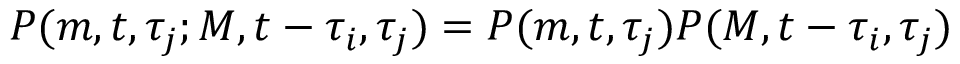
P ( m , t , \tau _ { j } ; M , t - \tau _ { i } , \tau _ { j } ) = P ( m , t , \tau _ { j } ) P ( M , t - \tau _ { i } , \tau _ { j } )